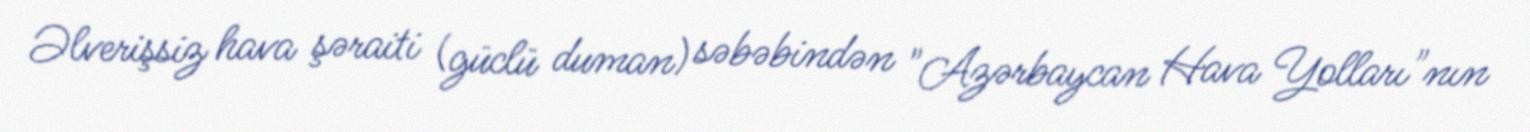
Əlverişsiz hava şəraiti (güclü duman) səbəbindən "Azərbaycan Hava Yolları"nın